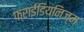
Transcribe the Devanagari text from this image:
फ्राईडियनिज्म